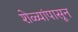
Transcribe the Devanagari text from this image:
शेळ्यांपासून